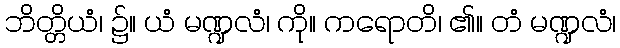
ဘိတ္တိယံ၊ ၌။ ယံ မဏ္ဍလံ၊ ကို။ ကရောတိ၊ ၏။ တံ မဏ္ဍလံ၊